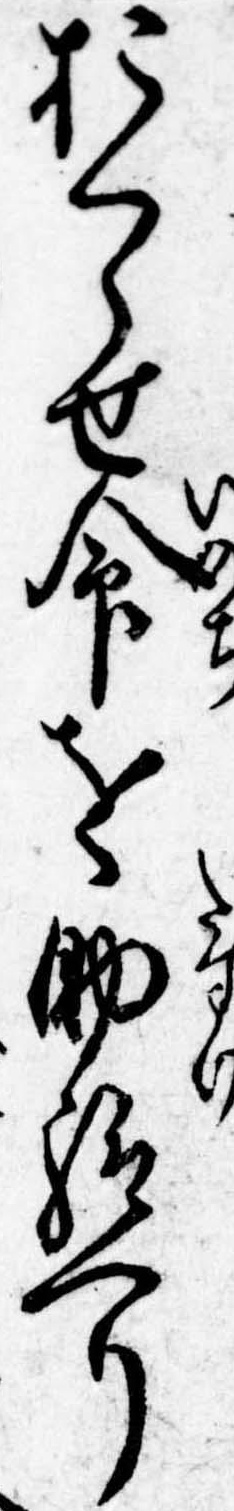
おくらせ命を助給へり